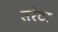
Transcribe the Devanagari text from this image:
सरेटा